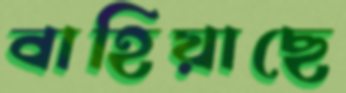
বাহিয়াছে